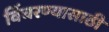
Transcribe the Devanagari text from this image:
विंचरण्यासाठी